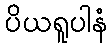
ပိယရူပါနံ